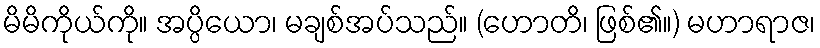
မိမိကိုယ်ကို။ အပ္ပိယော၊ မချစ်အပ်သည်။ (ဟောတိ၊ ဖြစ်၏။) မဟာရာဇ၊